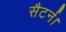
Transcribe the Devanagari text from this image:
सैटर्न।